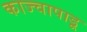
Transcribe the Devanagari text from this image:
काज्चापाडू